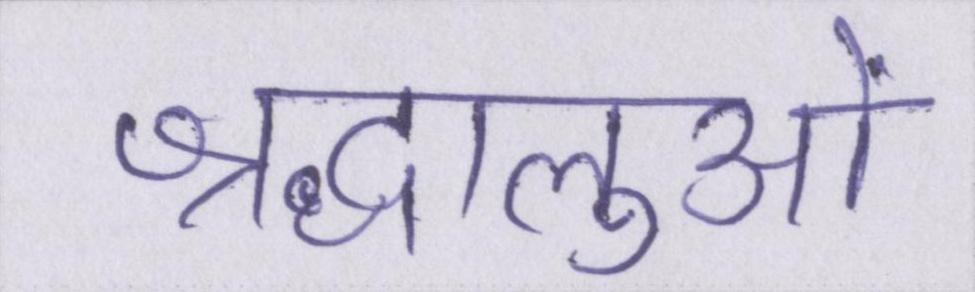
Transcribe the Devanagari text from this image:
श्रद्धालुओं